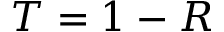
T = 1 - R